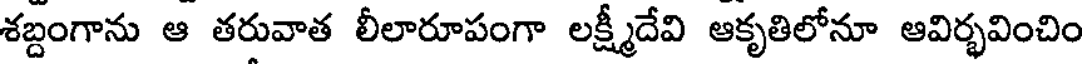
శబ్దంగాను ఆ తరువాత లీలారూపంగా లక్ష్మీదేవి ఆకృతిలోనూ ఆవిర్భవించిం